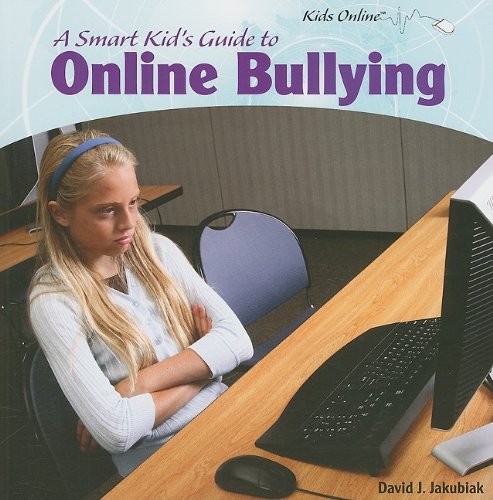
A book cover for A Smart Kid's Guide to Online Bullying (Kids Online); David J. Jakubiak; Children's Books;